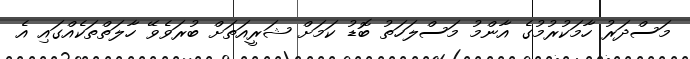
މަސްދަރު ހާމަކުރުމުގެ އާންމު މަސްލަހަތު ބޮޑު ކަމަށް ޝަރީއަތަށް ބުރަވެވޭ ހާލަތްތަކެއްގައި އެ